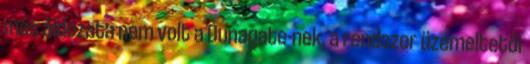
más áldozata nem volt a Dunagate-nek, a rendszer üzemeltetői